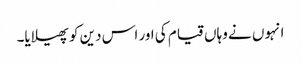
انہوں نے وہاں قیام کی اور اس دین کو پھیلایا۔